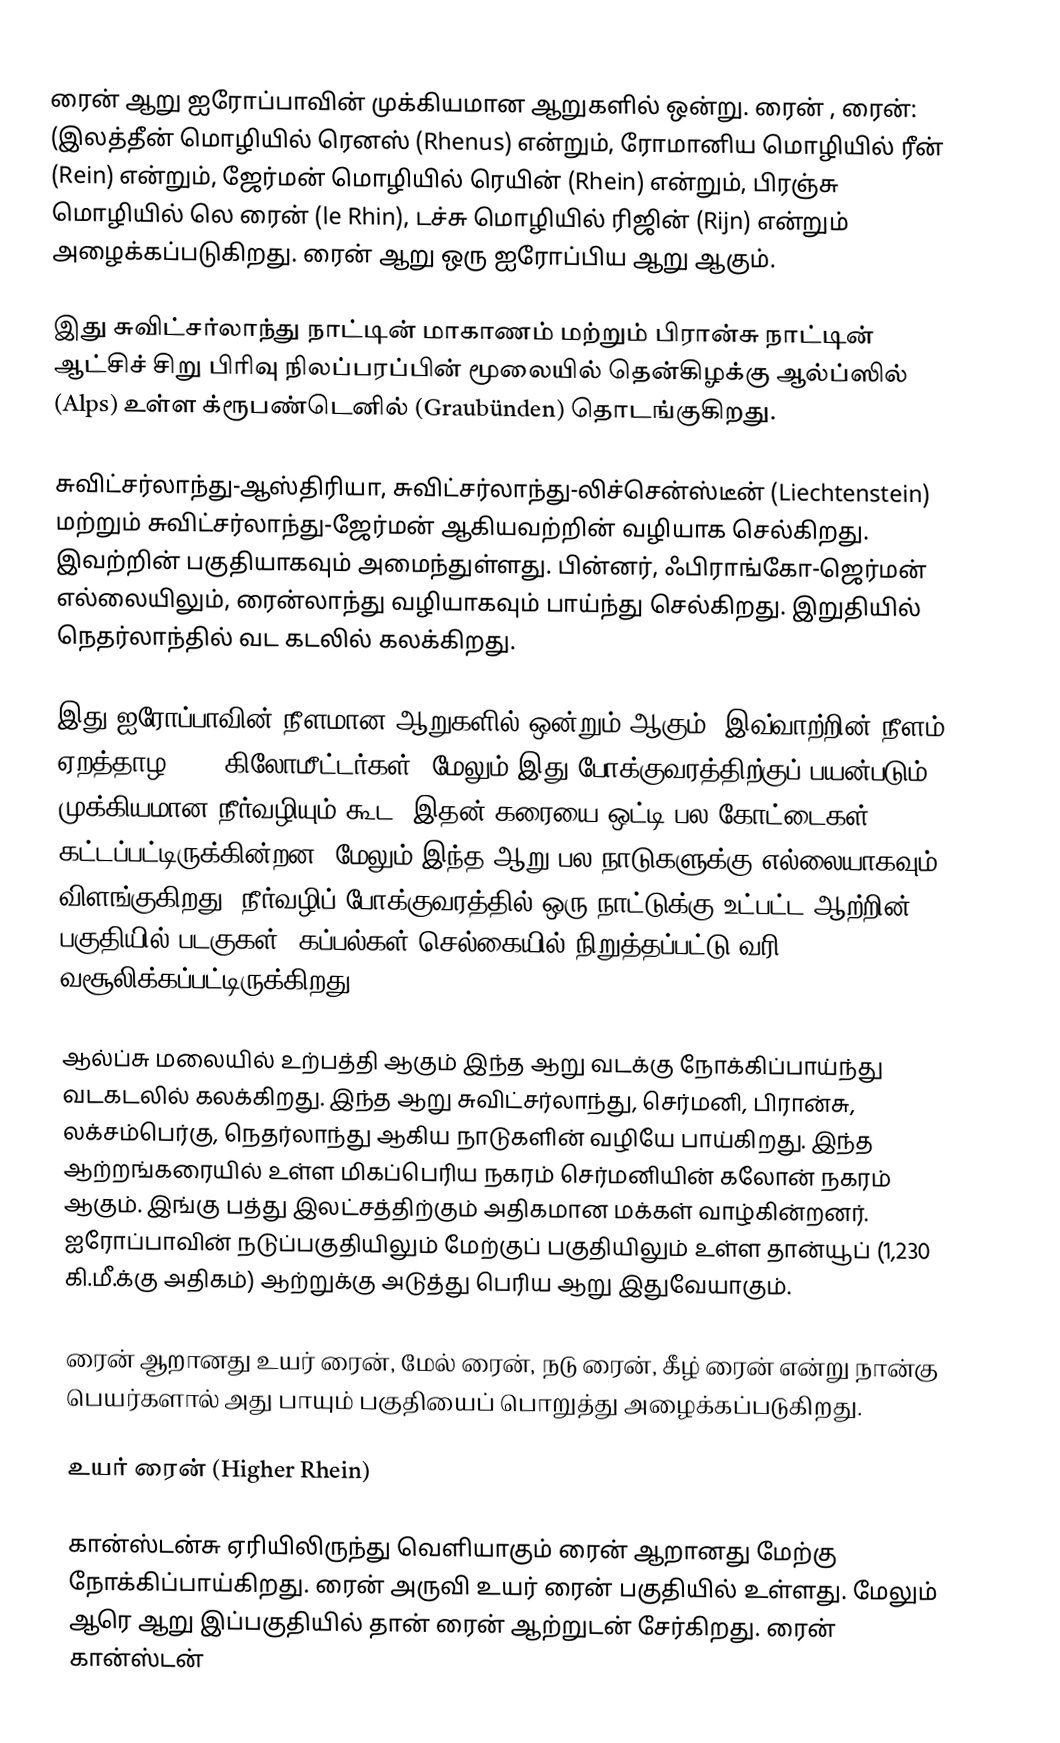
ரைன் ஆறு ஐரோப்பாவின் முக்கியமான ஆறுகளில் ஒன்று. ரைன்  , ரைன்:  (இலத்தீன் மொழியில் ரெனஸ் (Rhenus) என்றும், ரோமானிய மொழியில்  ரீன் (Rein) என்றும், ஜேர்மன் மொழியில்  ரெயின் (Rhein) என்றும், பிரஞ்சு மொழியில்  லெ ரைன் (le Rhin), டச்சு மொழியில்  ரிஜின் (Rijn) என்றும் அழைக்கப்படுகிறது. ரைன் ஆறு ஒரு ஐரோப்பிய ஆறு ஆகும்.

இது சுவிட்சர்லாந்து நாட்டின் மாகாணம் மற்றும் பிரான்சு நாட்டின் ஆட்சிச் சிறு பிரிவு நிலப்பரப்பின் மூலையில் தென்கிழக்கு ஆல்ப்ஸில் (Alps) உள்ள க்ரூபண்டெனில் (Graubünden) தொடங்குகிறது.

சுவிட்சர்லாந்து-ஆஸ்திரியா, சுவிட்சர்லாந்து-லிச்சென்ஸ்டீன் (Liechtenstein) மற்றும் சுவிட்சர்லாந்து-ஜேர்மன் ஆகியவற்றின் வழியாக செல்கிறது. இவற்றின் பகுதியாகவும் அமைந்துள்ளது. பின்னர், ஃபிராங்கோ-ஜெர்மன் எல்லையிலும், ரைன்லாந்து வழியாகவும் பாய்ந்து செல்கிறது. இறுதியில் நெதர்லாந்தில் வட கடலில் கலக்கிறது.

இது ஐரோப்பாவின் நீளமான ஆறுகளில் ஒன்றும் ஆகும். இவ்வாற்றின் நீளம் ஏறத்தாழ 1230 கிலோமீட்டர்கள். மேலும் இது போக்குவரத்திற்குப் பயன்படும் முக்கியமான நீர்வழியும் கூட. இதன் கரையை ஒட்டி பல கோட்டைகள் கட்டப்பட்டிருக்கின்றன. மேலும் இந்த ஆறு பல நாடுகளுக்கு எல்லையாகவும் விளங்குகிறது. நீர்வழிப் போக்குவரத்தில் ஒரு நாட்டுக்கு உட்பட்ட ஆற்றின் பகுதியில் படகுகள், கப்பல்கள் செல்கையில் நிறுத்தப்பட்டு வரி வசூலிக்கப்பட்டிருக்கிறது.

ஆல்ப்சு மலையில் உற்பத்தி ஆகும் இந்த ஆறு வடக்கு நோக்கிப்பாய்ந்து வடகடலில் கலக்கிறது. இந்த ஆறு சுவிட்சர்லாந்து, செர்மனி, பிரான்சு, லக்சம்பெர்கு, நெதர்லாந்து ஆகிய நாடுகளின் வழியே பாய்கிறது. இந்த ஆற்றங்கரையில் உள்ள மிகப்பெரிய நகரம் செர்மனியின் கலோன் நகரம் ஆகும். இங்கு பத்து இலட்சத்திற்கும் அதிகமான மக்கள் வாழ்கின்றனர். ஐரோப்பாவின் நடுப்பகுதியிலும் மேற்குப் பகுதியிலும் உள்ள தான்யூப் (1,230 கி.மீ.க்கு அதிகம்) ஆற்றுக்கு அடுத்து பெரிய ஆறு இதுவேயாகும்.

ரைன் ஆறானது உயர் ரைன், மேல் ரைன், நடு ரைன், கீழ் ரைன் என்று நான்கு பெயர்களால் அது பாயும் பகுதியைப் பொறுத்து அழைக்கப்படுகிறது.

உயர் ரைன் (Higher Rhein)

கான்ஸ்டன்சு ஏரியிலிருந்து வெளியாகும் ரைன் ஆறானது மேற்கு நோக்கிப்பாய்கிறது. ரைன் அருவி உயர் ரைன் பகுதியில் உள்ளது. மேலும் ஆரெ ஆறு இப்பகுதியில் தான் ரைன் ஆற்றுடன் சேர்கிறது.  ரைன் கான்ஸ்டன்